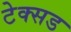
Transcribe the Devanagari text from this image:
टेक्सड